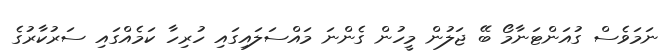
ނަމަވެސް ގުއަންޓަނާމޯ ބޭ ޖަލުން މީހުން ގެންނަ މައްސަލައިގައި ހުރިހާ ކަމެއްގައި ސަރުކާރުގެ